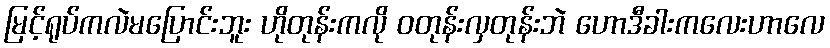
မြင့်ရုပ်ကလဲမပြောင်းဘူး ဟိုတုန်းကလို ဝတုန်းလှတုန်းဘဲ ဟောဒီခါးကလေးဟာလေ